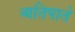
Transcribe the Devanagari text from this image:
व्यतिपाते